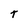
Character: t